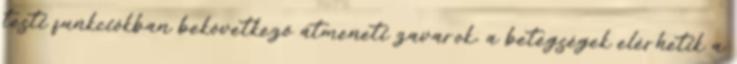
testi funkciókban bekövetkező átmeneti zavarok, a betegségek elérhetik a